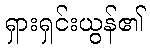
ရှားရှင်းယွန်၏